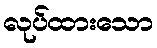
လုပ်ထားသော